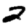
Digit: 2